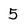
Character: 5